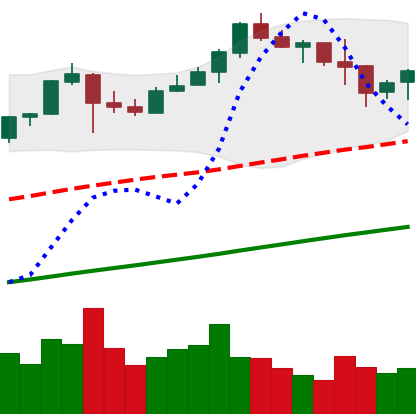
Ticker: BNB-USD
Chart end date: 2019-06-29
Forward return: -6.976%
Label: down_5_7